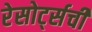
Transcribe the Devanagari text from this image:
रेसोर्ट्सची